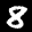
Label: 8